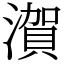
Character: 㵑